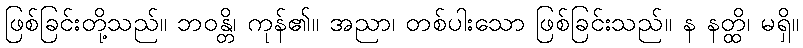
ဖြစ်ခြင်းတို့သည်။ ဘဝန္တိ၊ ကုန်၏။ အညာ၊ တစ်ပါးသော ဖြစ်ခြင်းသည်။ န နတ္ထိ၊ မရှိ။